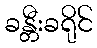
ခန္တီးခရိုင်